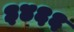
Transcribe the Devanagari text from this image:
३४६६